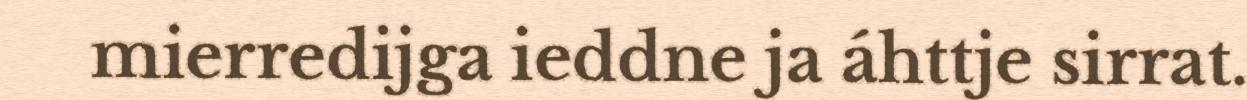
mierredijga ieddne ja áhttje sirrat.